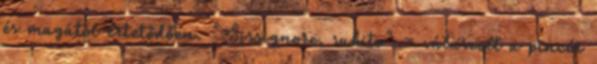
és magától értetődően. "Sissignore, subito" – válaszolt a pincér